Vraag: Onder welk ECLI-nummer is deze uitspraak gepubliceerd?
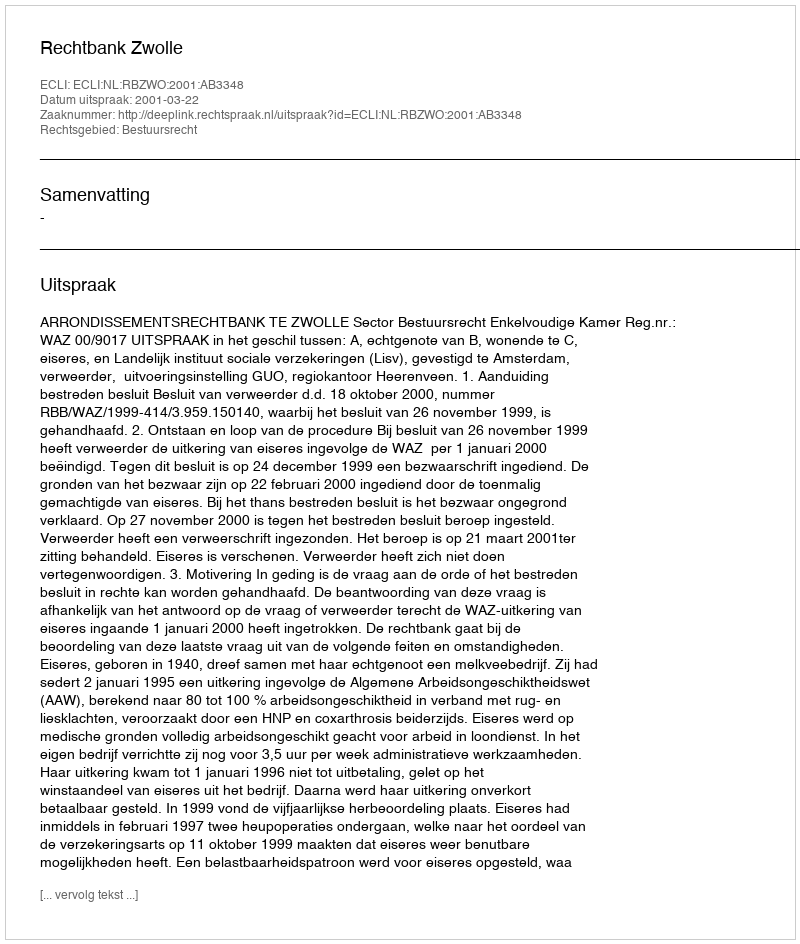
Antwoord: ECLI:NL:RBZWO:2001:AB3348